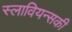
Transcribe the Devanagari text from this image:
स्लावियन्सकी